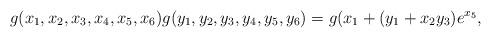
LaTeX: \begin{align*} g(x_1,x_2,x_3,x_4,x_5,x_6)g(y_1,y_2,y_3,y_4,y_5,y_6)= g(x_1+(y_1+x_2y_3)e^{x_5}, \end{align*}